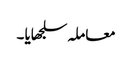
معاملہ سلجھایا ۔